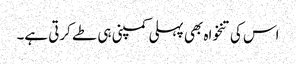
اس کی تنخواہ بھی پہلی کمپنی ہی طے کرتی ہے۔